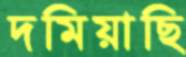
দমিয়াছি